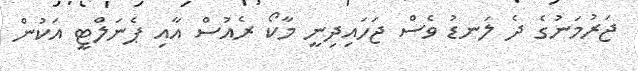
ޖަރުމަނުގެ ދެ ލަނޑު ވެސް ޖަހައިދިނީ މާކޯ ރެއުސް އާއި ޕެނަލްޓީ އަކުން